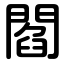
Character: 閻